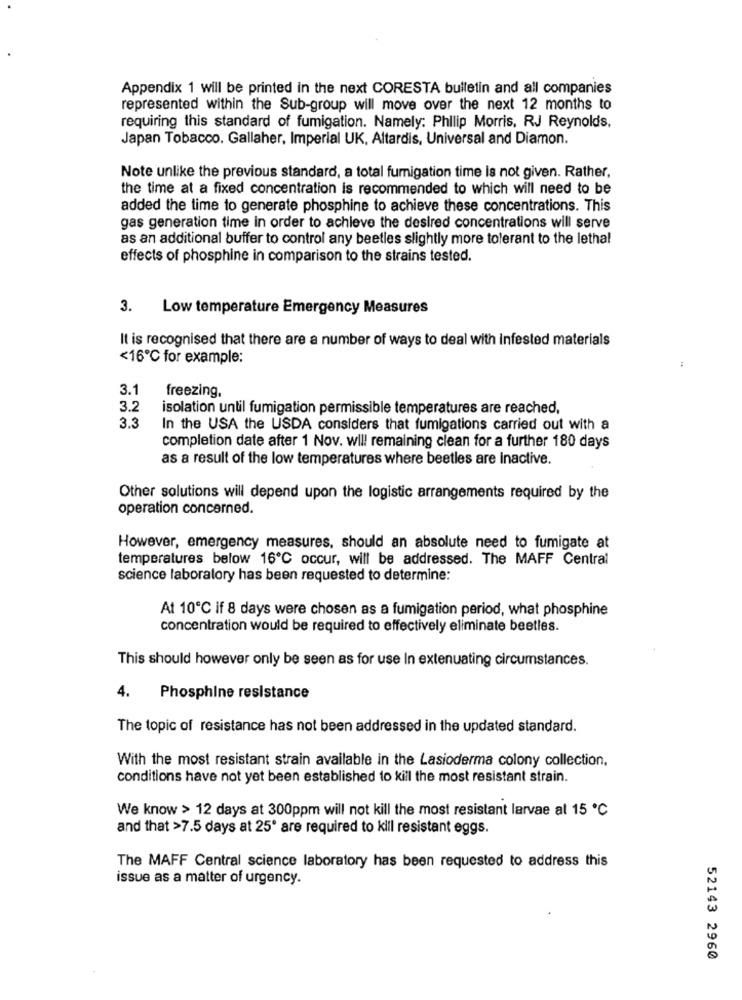
Appendix 1 will be printed in the next CORESTA bulletin and all companies
represented within the Sub-group will move over the next 12 months to
requiring this standard of fumigation. Namely: Philip Morris, RJ Reynolds,
Japan Tobacco. Gallaher, Imperial UK, Altardis, Universal and Diamon.
Note unlike the previous standard, a total fumigation time is not given. Rather,
the time at a fixed concentration is recommended to which will need to be
added the time to generate phosphine to achieve these concentrations. This
gas generation time in order to achieve the desired concentrations will serve
as an additional buffer to control any beetles slightly more tolerant to the lethal
effects of phosphine in comparison to the strains tested.
3.
Low temperature Emergency Measures
It is recognised that there are a number of ways to deal with infested materials
<16℃ for example:
3.1
freezing,
3.2
isolation until fumigation permissible temperatures are reached.
3.3
In the USA the USDA considers that fumigations carried out with a
completion date after 1 Nov. will remaining clean for a further 180 days
as a result of the low temperatures where beetles are Inactive.
Other solutions will depend upon the logistic arrangements required by the
operation concerned.
However, emergency measures, should an absolute need to fumigate at
temperatures below 16℃ occur, will be addressed. The MAFF Central
science laboratory has been requested to determine:
At 10℃ if 8 days were chosen as a fumigation period, what phosphine
concentration would be required to effectively eliminate beetles.
This should however only be seen as for use In extenuating circumstances.
4.
Phosphine resistance
The topic of resistance has not been addressed in the updated standard.
With the most resistant strain available in the Lasioderma colony collection,
conditions have not yet been established to kill the most resistant strain.
We know > 12 days at 300ppm will not kill the most resistant larvae at 15 ℃
and that >7.5 days at 25º are required to kill resistant eggs.
The MAFF Central science laboratory has been requested to address this
issue as a matter of urgency.
52143 2960